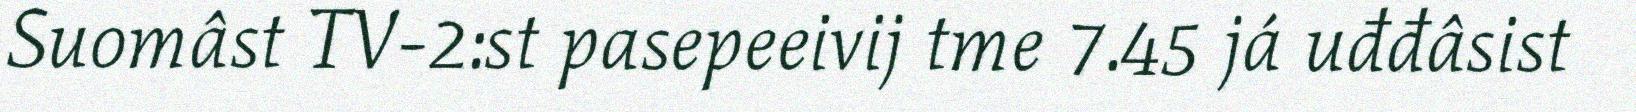
Suomâst TV-2:st pasepeeivij tme 7.45 já uđđâsist